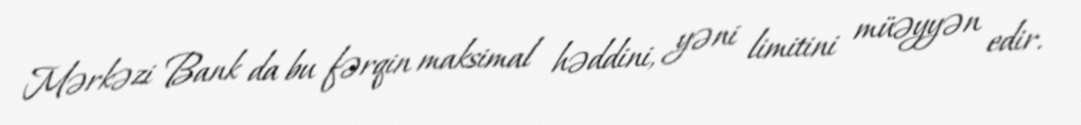
Mərkəzi Bank da bu fərqin maksimal həddini, yəni limitini müəyyən edir.